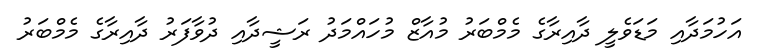
އަހުމަދާއި މަޑަވެލީ ދާއިރާގެ މެމްބަރު މުއާޒް މުހައްމަދު ރަޝީދާއި ދުވާފަރު ދާއިރާގެ މެމްބަރު